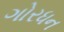
ગોરધન